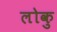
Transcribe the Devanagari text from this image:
लोकु